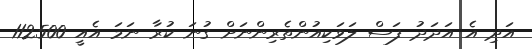
އަދި އެ އަދަދު ފަސް ލަވަކިއުންތެރިންނަށް ގުނަ ކުރާ ނަމަ އެއީ 112500